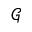
\mathcal { G }